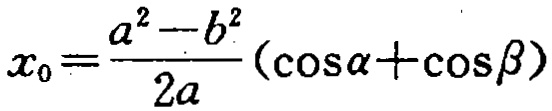
\(x_{0}=\frac{a^{2}-b^{2}}{2a}(\cos\alpha+\cos\beta)\)